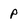
Character: P